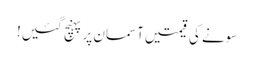
سونے کی قیمتیں آسمان پر پہنچ گئیں!